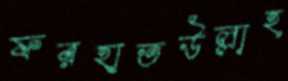
ফরহাতউল্লাহ